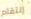
إنتقام